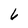
Character: 6